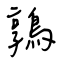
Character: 鶉